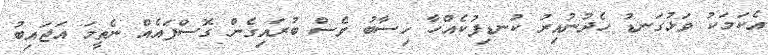
އެކަމަކު ވަޅުގަނޑު ހެދުނުއިރު ކުނޑިިފުކެއްހާ ހިސާބު ވެސް ބުރައިގެން ގޮސްފައެއް ނެތީމަ އަޖައިބު